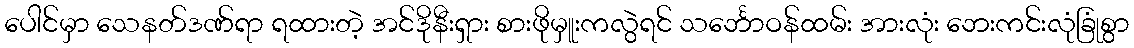
ပေါင်မှာ သေနတ်ဒဏ်ရာ ရထားတဲ့ အင်ဒိုနီးရှား စားဖိုမှူးကလွဲရင် သင်္ဘောဝန်ထမ်း အားလုံး ဘေးကင်းလုံခြုံစွာ